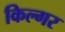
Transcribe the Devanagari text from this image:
किल्‍गर